Vaccination in Bombay 1869-1873 - 1869-1873
Year: 1869
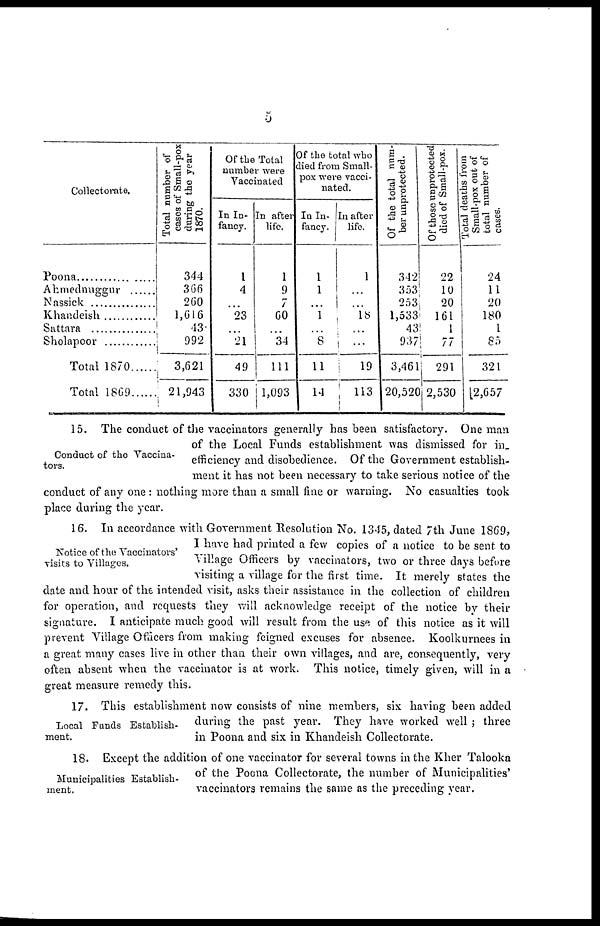
5
Collectorate.
Poona....................
Ahmednuggur
Nassick
Khandeish
Sattara .................
Sholapoor
Total 1870 ......
Total 1869 ......
Total number of
cases of Small-pox
during the year
1870.
344
366
260
1,616
43.
992
3,621
21,943
Of the Total
number were
Vaccinated.
In In-
fancy.
1
4
...
23
...
21
49
330
In after
life.
1
9
7
60
...
34
111
1,093
Of the total who
died from Small-
pox were vacci-
nated.
In In-
fancy.
1
1
...
1
...
8
11
14
In after
life.
1
...
...
18
...
...
19
113
Of the total num-
ber unprotected.
342
353
253
1,533
43
937
3,461
20,520
Of those unprotected
died of Small-pox.
22
10
20
161
1
77
291
2,530
Total deaths from
Small-pox out of
total number of
cases.
24
11
20
180
1
85
321
2,657
Conduct of the Vaccina-
tors.
15. The conduct of the vaccinators generally has been satisfactory. One man
of the Local Funds establishment was dismissed for in_
efficiency and disobedience. Of the Government establish-
ment it has not been necessary to take serious notice of the
conduct of any one : nothing more than a small fine or warning. No casualties took
place during the year.
Notice of the Vaccinators'
visits to Villages.
16. In accordance with Government Resolution No. 1345, dated 7th June 1869,
I have had printed a few copies of a notice to be sent to
Village Officers by vaccinators, two or three days before
visiting a village for the first time. It merely states the
date and hour of the intended visit, asks their assistance in the collection of children
for operation, and requests they will acknowledge receipt of the notice by their
signature. I anticipate much good will result from the use of this notice as it will
prevent Village Officers from making feigned excuses for absence. Koolkurnees in
a great many cases live in other than their own villages, and are, consequently, very
often absent when the vaccinator is at work. This notice, timely given, will in a
great measure remedy this.
Local Funds Establish-
ment.
17. This establishment now consists of nine members, six having been added
during the past year. They have worked well ; three
in Poona and six in Khandeish Collectorate.
Municipalities Establish-
ment.
18. Except the addition of one vaccinator for several towns in the Kher Talooka
of the Poona Collectorate, the number of Municipalities'
vaccinators remains the same as the preceding year.